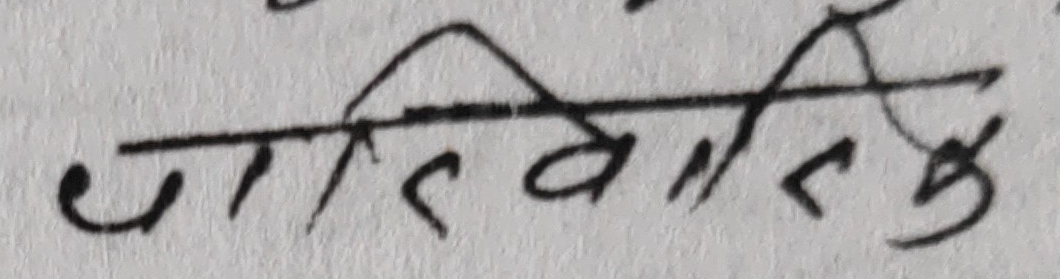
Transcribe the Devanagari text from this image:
जाहेरके